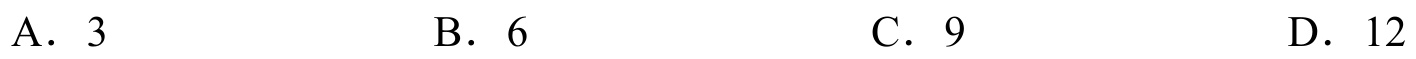
A．3
B．6
C．9
D．12